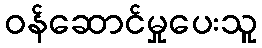
ဝန်ဆောင်မှုပေးသူ